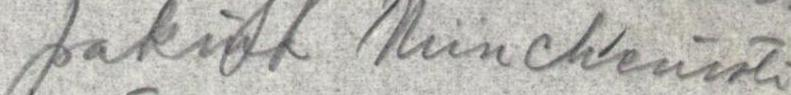
pakina Münch'enistä